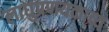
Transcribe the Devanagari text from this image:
लाघुप्रणयकाव्य